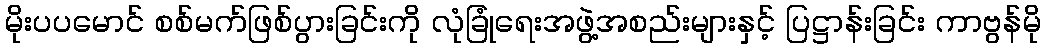
မိုးပပမောင် စစ်မက်ဖြစ်ပွားခြင်းကို လုံခြုံရေးအဖွဲ့အစည်းများနှင့် ပြဋ္ဌာန်းခြင်း ကာဗွန်မို